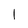
Character: 1